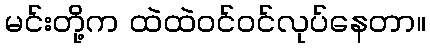
မင်းတို့က ထဲထဲဝင်ဝင်လုပ်နေတာ။